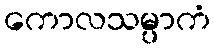
ကောလသမ္ပာကံ